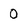
Character: 0